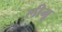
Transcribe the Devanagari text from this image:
लीमू